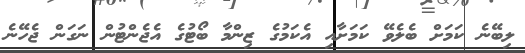
ލިބޭނެ ކަމަށް ބެލެވޭ ކަމަށާއި އެކަމުގެ ޒިންމާ ބޯޓުގެ އެޖެންޓުން ނަގަން ޖެހޭނެ